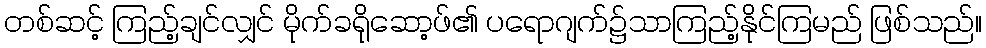
တစ်ဆင့် ကြည့်ချင်လျှင် မိုက်ခရိုဆော့ဖ်၏ ပရောဂျက်၌သာကြည့်နိုင်ကြမည် ဖြစ်သည်။